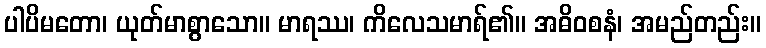
ပါပိမတော၊ ယုတ်မာစွာသော။ မာရဿ၊ ကိလေသမာရ်၏။ အဓိဝစနံ၊ အမည်တည်း။